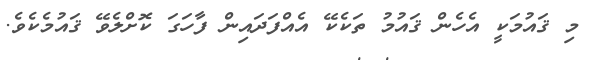
މި ޤައުމަކީ އެހެން ޤައުމު ތަކެކޭ އެއްފަދައިން ފާހަގަ ކޮށްލެވޭ ޤައުމެކެވެ.